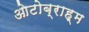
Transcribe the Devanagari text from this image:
ओटोब्राह्म